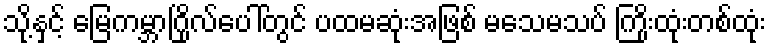
သို့နှင့် မြေကမ္ဘာဂြိုလ်ပေါ်တွင် ပထမဆုံးအဖြစ် မသေမသပ် ကြိုးထုံးတစ်ထုံး